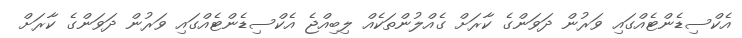
އެކްސިޑެންޓެއްގައި ވަރުން ދަވަންގެ ކާރަށް ގެއްލުންތަކެއް ލިބިއްޖެ އެކްސިޑެންޓެއްގައި ވަރުން ދަވަންގެ ކާރަށް